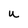
Character: u